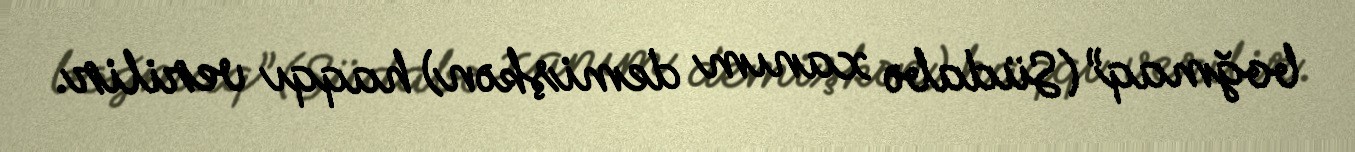
boğmaq” (Südabə xanım demişkən) haqqı verilir.